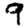
Digit: 9